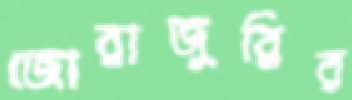
জোরাজুরির